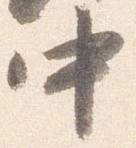
中